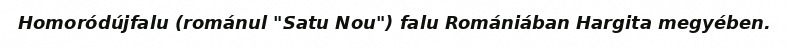
Homoródújfalu (románul "Satu Nou") falu Romániában Hargita megyében.